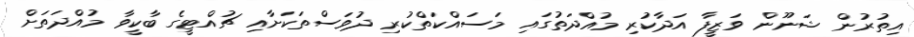
އިތުރުން ޝަނޫން ވަޒީފާ އަދާކުރި މުއްދަތުގައި މަސައްކަތްކުރި ދުވަސްތަކަށާއި ޗުއްޓީގެ ބާކީވާ މުއްދަތަށް